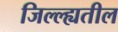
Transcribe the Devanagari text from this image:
जिल्ल्ह्यतील